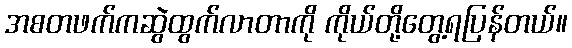
အစတဖက်ကဆွဲထွက်လာတာကို ကိုယ်တို့တွေ့ရပြန်တယ်။